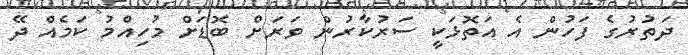
ދަތުރުގެ ފަހުން އެ އަތޮޅަކީ ސަރުކާރުން ވަރަށް ބޮޑަށް މުހިއްމު ކަމެއް ދޭ